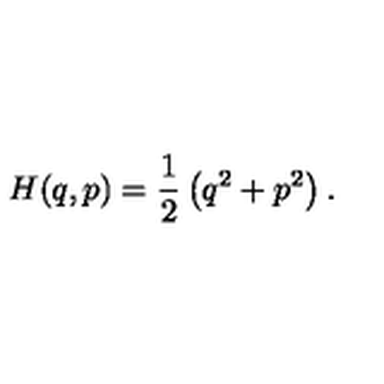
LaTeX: H ( q , p ) = { \frac { 1 } { 2 } } \left( q ^ { 2 } + p ^ { 2 } \right) .